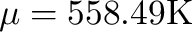
\mu = 5 5 8 . 4 9 \mathrm { K }